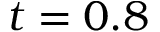
t = 0 . 8